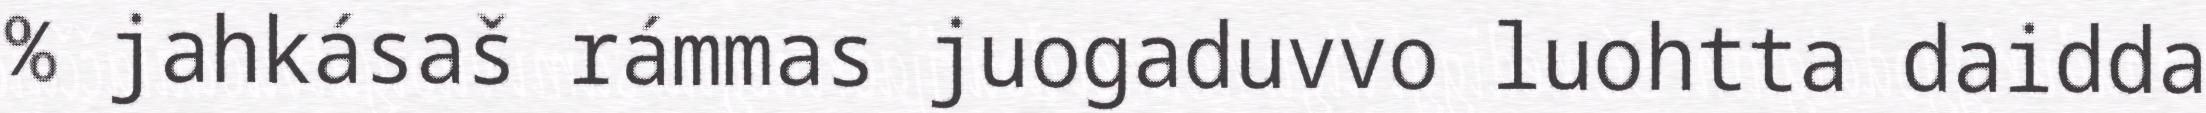
% jahkásaš rámmas juogaduvvo luohtta daidda